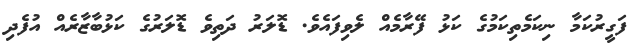
ފަގީރުކަމާ ނިކަމެތިކަމުގެ ކަޅު ފޭރާމެއް ލެވިފައެވެ. ޑޮލަރު ދަތިވެ ޑޮލަރުގެ ކަޅުބާޒާރެއް އުފެދި